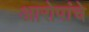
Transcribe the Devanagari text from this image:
आरोपांचे